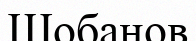
Шобанов